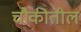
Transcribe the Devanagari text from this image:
चौकीतील